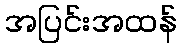
အပြင်းအထန်